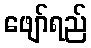
ဖျော်ရည်